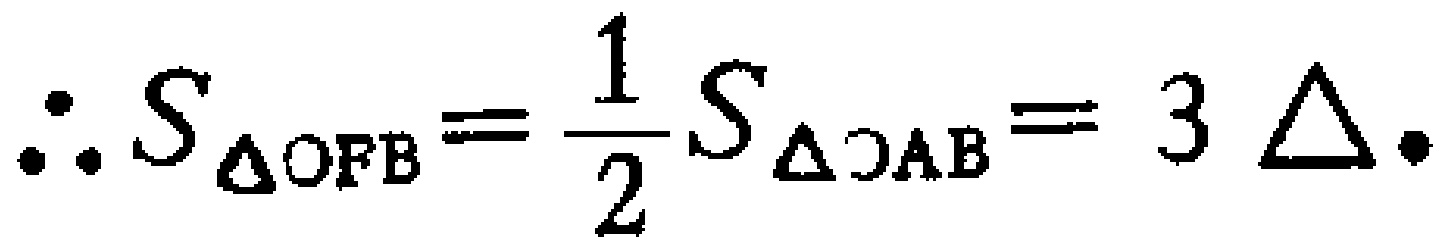
\(\therefore S_{\triangle OFB}=\dfrac{1}{2}S_{\triangle OAB}=3\triangle.\)